Calcutta medical institutions reports 1879-81 [i.e.91]
Year: 1879
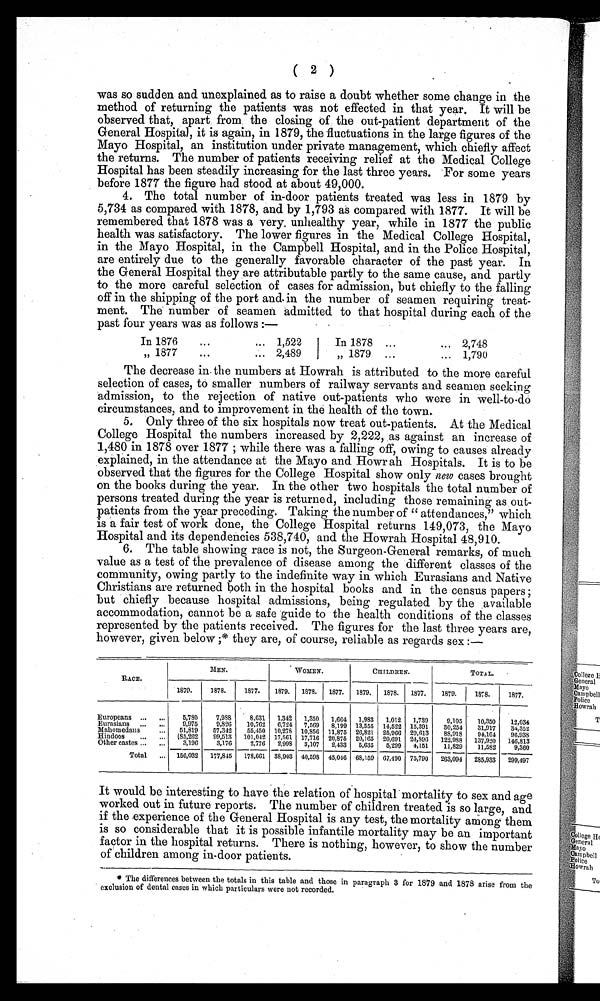
( 2 )
was so sudden and unexplained as to raise a doubt whether some change in the
method of returning the patients was not effected in that year. It will be
observed that, apart from the closing of the out-patient department of the
General Hospital, it is again, in 1879, the fluctuations in the large figures of the
Mayo Hospital, an institution under private management, which chiefly affect
the returns. The number of patients receiving relief at the Medical College
Hospital has been steadily increasing for the last three years. For some years
before 1877 the figure had stood at about 49,000.
4. The total number of in-door patients treated was less in 1879 by
5,734 as compared with 1878, and by 1,793 as compared with 1877. It will be
remembered that 1878 was a very unhealthy year, while in 1877 the public
health was satisfactory. The lower figures in the Medical College Hospital,
in the Mayo Hospital, in the Campbell Hospital, and in the Police Hospital,
are entirely due to the generally favorable character of the past year. In
the General Hospital they are attributable partly to the same cause, and partly
to the more careful selection of cases for admission, but chiefly to the falling
off in the shipping of the port and in the number of seamen requiring treat-
ment. The number of seamen admitted to that hospital during each of the
past four years was as follows :—
In 1876
1,522
In 1878
2,748
„ 1877
2,489
„ 1879
1,790
The decrease in the numbers at Howrah is attributed to the more careful
selection of cases, to smaller numbers of railway servants and seamen seeking
admission, to the rejection of native out-patients who were in well-to-do
circumstances, and to improvement in the health of the town.
5. Only three of the six hospitals now treat out-patients. At the Medical
College Hospital the numbers increased by 2,222, as against an increase of
1, 480 i n 1878 over 1877; whi l e t here was a fal l i ng off, owi ng t o causes al ready
explained, in the attendance at the Mayo and Howr ah Hospitals. It is to be
observed that the figures for the College Hospital show only new cases brought
on the books during the year. In the other two hospitals the total number of
persons treated during the year is returned, including those remaining as out-
patients from the year preceding. Taking the number of "attendances," which
is a fair test of work done, the College Hospital returns 149,073, the Mayo
Hospital and its dependencies 538,740, and the Howrah Hospital 48,910.
6. The table showing race is not, the Surgeon-General remarks, of much
value as a test of the prevalence of disease among the different classes of the
community, owing partly to the indefinite way in which Eurasians and Native
Christians are returned both in the hospital books and in the census papers;
but chiefly because hospital admissions, being regulated by the available
accommodation, cannot be a safe guide to the health conditions of the classes
represented by the patients received. The figures for the last three years are,
however, gi ven bel ow; * t hey are, of course, rel i abl e as regards sex : -
RACE.
WOMEN
CHILDREN.
-
TOTAL.
-
1879.
1878.
1877.
1879.
1878.
1877.
1879.
1878.
1877.
1879.
1878.
1877.
Europeans
5,780
7,988
8,631
1,342
1,350
1,664
1,983
1,012
1,739
9,105
10,350
12,034
Eurasians
...
..,
9,975
9,826
10,762
6,724
7,569
8,199 13,555 14,522 15,391
30,254
31,917
34,352
M ahomedan s
...
51,819
57,342
55,459
1 0 , 2 7 8 10,856 11,875 26,821 25,966 29,613
88,918
94,104
9 6 , 9 3 3
aindoos
...
.,.
(85,262
99,513
101,042 17,561 17,716 20,875 20,165 20,691 24,896
122,988
137,920
146,813
Dther castes
.„
3,196
-
3,176
2,776
2,998
-
3,107
2,433
5,635
5,299
4,151
11,829
11,582
9,360
Total
...
156,032
177,845
178,661 38,903 40,598 45,016 68,159 67,490 75,790
263,094
285,933
299,497
It would be interesting to have the relation of hospital mortality to sex and age
worked out in future reports. The number of children treated is so large, and
if the experience of the General Hospital is any test, the mortality among them
is so considerable that it is possible infantile mortality may be an important
factor in the hospital returns. There is nothing, however, to show the number
of children among in-door patients.
* The differences between the totals in this table and those in paragraph 3 for 1879 and 1878 arise from the
exclusion of dental cases in which particulars were not recorded.